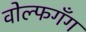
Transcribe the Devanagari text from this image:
वोल्फगँग